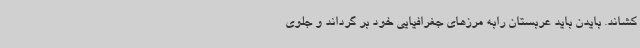
کشاند. بایدن باید عربستان رابه مرزهای جغرافیایی خود بر گرداند و جلوی